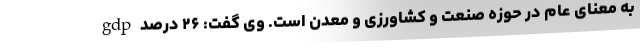
به معنای عام در حوزه صنعت و کشاورزی و معدن است. وی گفت: ۲۶ درصد gdp